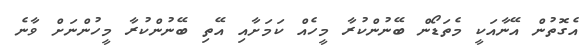
އެގޮތުން އޭނާއަކީ މެތަޑޯން ބޭނުންކުރާ މީހެއް ކަމަށާއި އޭތި ބޭނުންކުރާ މީހުންނަށް ވާނެ